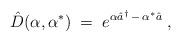
LaTeX: \begin{align*}{\hat D}(\alpha,\alpha^*) \;=\; e^{\alpha {\hat a}^\dagger \,-\,\alpha^* {\hat a}} \;,\end{align*}